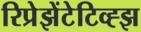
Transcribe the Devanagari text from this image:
रिप्रेझेंटेटिव्ह्झ